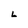
Character: L